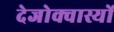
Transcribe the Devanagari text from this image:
देजोक्वास्यों